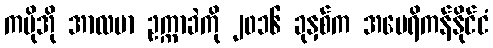
ကမိုအို အာလဗာ ဥက္ကာခဲကို ၂၀၁၆ ခုနှစ်က အမေရိကန်နိုင်ငံ